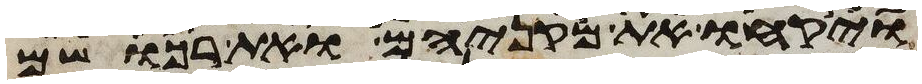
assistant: ויקחו את מקניהם ואת רכושם